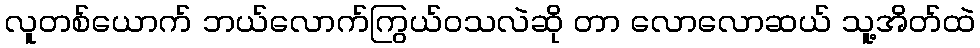
လူတစ်ယောက် ဘယ်လောက်ကြွယ်ဝသလဲဆို တာ လောလောဆယ် သူ့အိတ်ထဲ